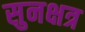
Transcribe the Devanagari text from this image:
सुनक्षत्र